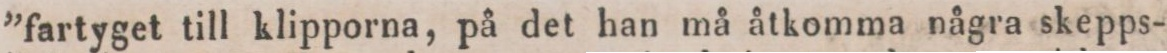
”fartyget till klipporna, på det han må åtkomma några skepps-